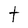
Character: t